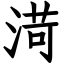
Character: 渮